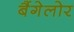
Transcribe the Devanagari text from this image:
बैंगेलोर